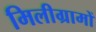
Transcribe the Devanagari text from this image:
मिलीग्रामों